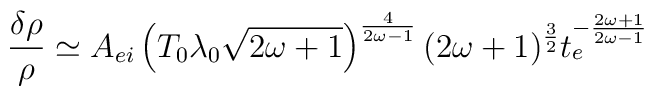
\frac{\delta \rho}{\rho} \simeq A_{ei} \left( T_0 \lambda_0 \sqrt{2 \omega + 1} \right)^{\frac{4}{2 \omega - 1}} (2 \omega + 1)^{\frac{3}{2}} t_e^{- \frac{2 \omega + 1}{2 \omega - 1}}